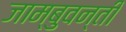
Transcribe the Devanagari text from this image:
जाम्बुवन्ती